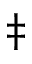
\ddagger